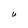
Character: U